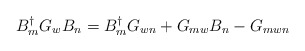
\begin{align*}B_{m}^{\dagger} G_{w} B_{n} = B^{\dagger}_{m} G_{wn} + G_{mw} B_{n} - G_{mwn} \end{align*}